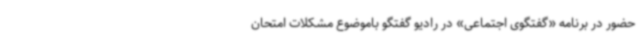
حضور در برنامه «گفتگوی اجتماعی» در رادیو گفتگو باموضوع مشکلات امتحان